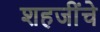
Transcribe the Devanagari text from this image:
शहजींचे